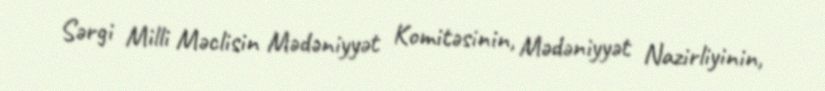
Sərgi Milli Məclisin Mədəniyyət Komitəsinin, Mədəniyyət Nazirliyinin,